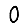
Digit: 0